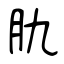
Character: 肍